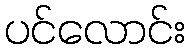
ပင်လောင်း